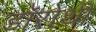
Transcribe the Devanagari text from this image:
डॉरोथी